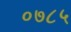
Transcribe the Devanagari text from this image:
०७८५